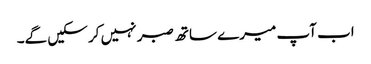
اب آپ میرے ساتھ صبر نہیں کر سکیں گے۔